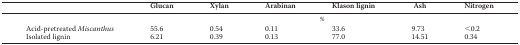
<table><thead><tr><td></td><td><b>Glucan</b></td><td><b>Xylan</b></td><td><b>Arabinan</b></td><td><b>Klason lignin</b></td><td><b>Ash</b></td><td><b>Nitrogen</b></td></tr></thead><tbody><tr><td></td><td colspan="6">%</td></tr><tr><td>Acid-pretreated <i>Miscanthus</i></td><td>55.6</td><td>0.54</td><td>0.11</td><td>33.6</td><td>9.73</td><td>&lt;0.2</td></tr><tr><td>Isolated lignin</td><td>6.21</td><td>0.39</td><td>0.13</td><td>77.0</td><td>14.51</td><td>0.34</td></tr></tbody></table>